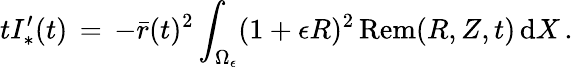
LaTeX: tI_{*}^{\prime}(t)\, =\, -\bar{r}(t)^{2}\int_{\Omega_{\epsilon}}(1+\epsilon R)^{2}\, \mathrm{Rem}(R,Z,t)\, \mathrm{d}X\, .